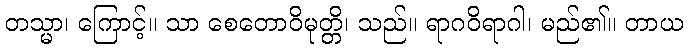
တသ္မာ၊ ကြောင့်။ သာ စေတောဝိမုတ္တိ၊ သည်။ ရာဂဝိရာဂါ၊ မည်၏။ တာယ